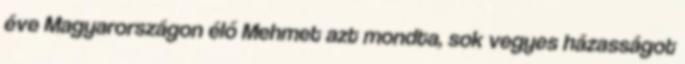
éve Magyarországon élő Mehmet azt mondta, sok vegyes házasságot